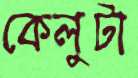
কেলুটা